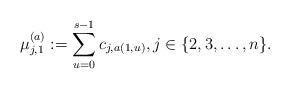
LaTeX: \begin{align*} \mu^{(a)}_{j,1}:=\sum_{u=0}^{s-1}c_{j,a(1,u)}, j\in \{2,3,\dots,n\}. \end{align*}